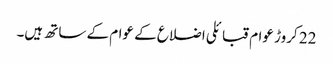
22 کروڑ عوام قبائلی اضلاع کے عوام کے ساتھ ہیں۔